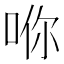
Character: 𪡇